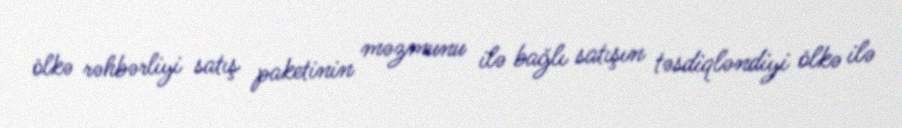
ölkə rəhbərliyi satış paketinin məzmunu ilə bağlı satışın təsdiqləndiyi ölkə ilə